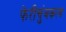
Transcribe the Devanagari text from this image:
फेरीचुंबकत्व